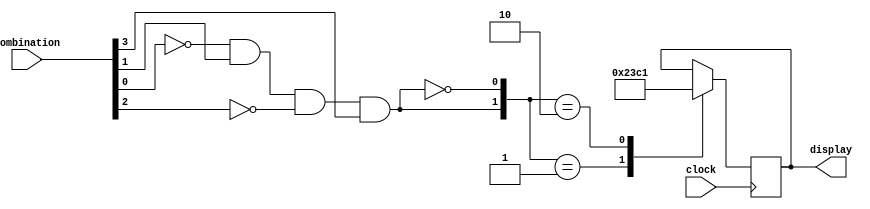
module Digital_Safe_logic(
input clock,
input [3:0]combination,
output reg [6:0]display);

parameter password = 4'b1010;
reg [1:0]check;
reg display = 7'b1000111;

always@(posedge clock)
begin
    check[1] = ~(combination[0]^password[0]) & ~(combination[1]^password[1]) & ~(combination[2]^password[2])
    & ~(combination[3]^password[3]);
    check[0] = ~check[1];
    
    case(check)
        2'b01 : display = 7'b1000111; //L display means Locked
        2'b10 : display = 7'b1000001; //U display means Open
    endcase
end

endmodule